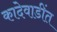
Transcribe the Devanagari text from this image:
कादेवाडींत